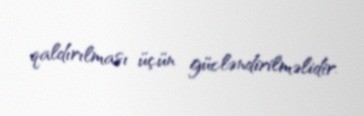
qaldırılması üçün gücləndirilməlidir.